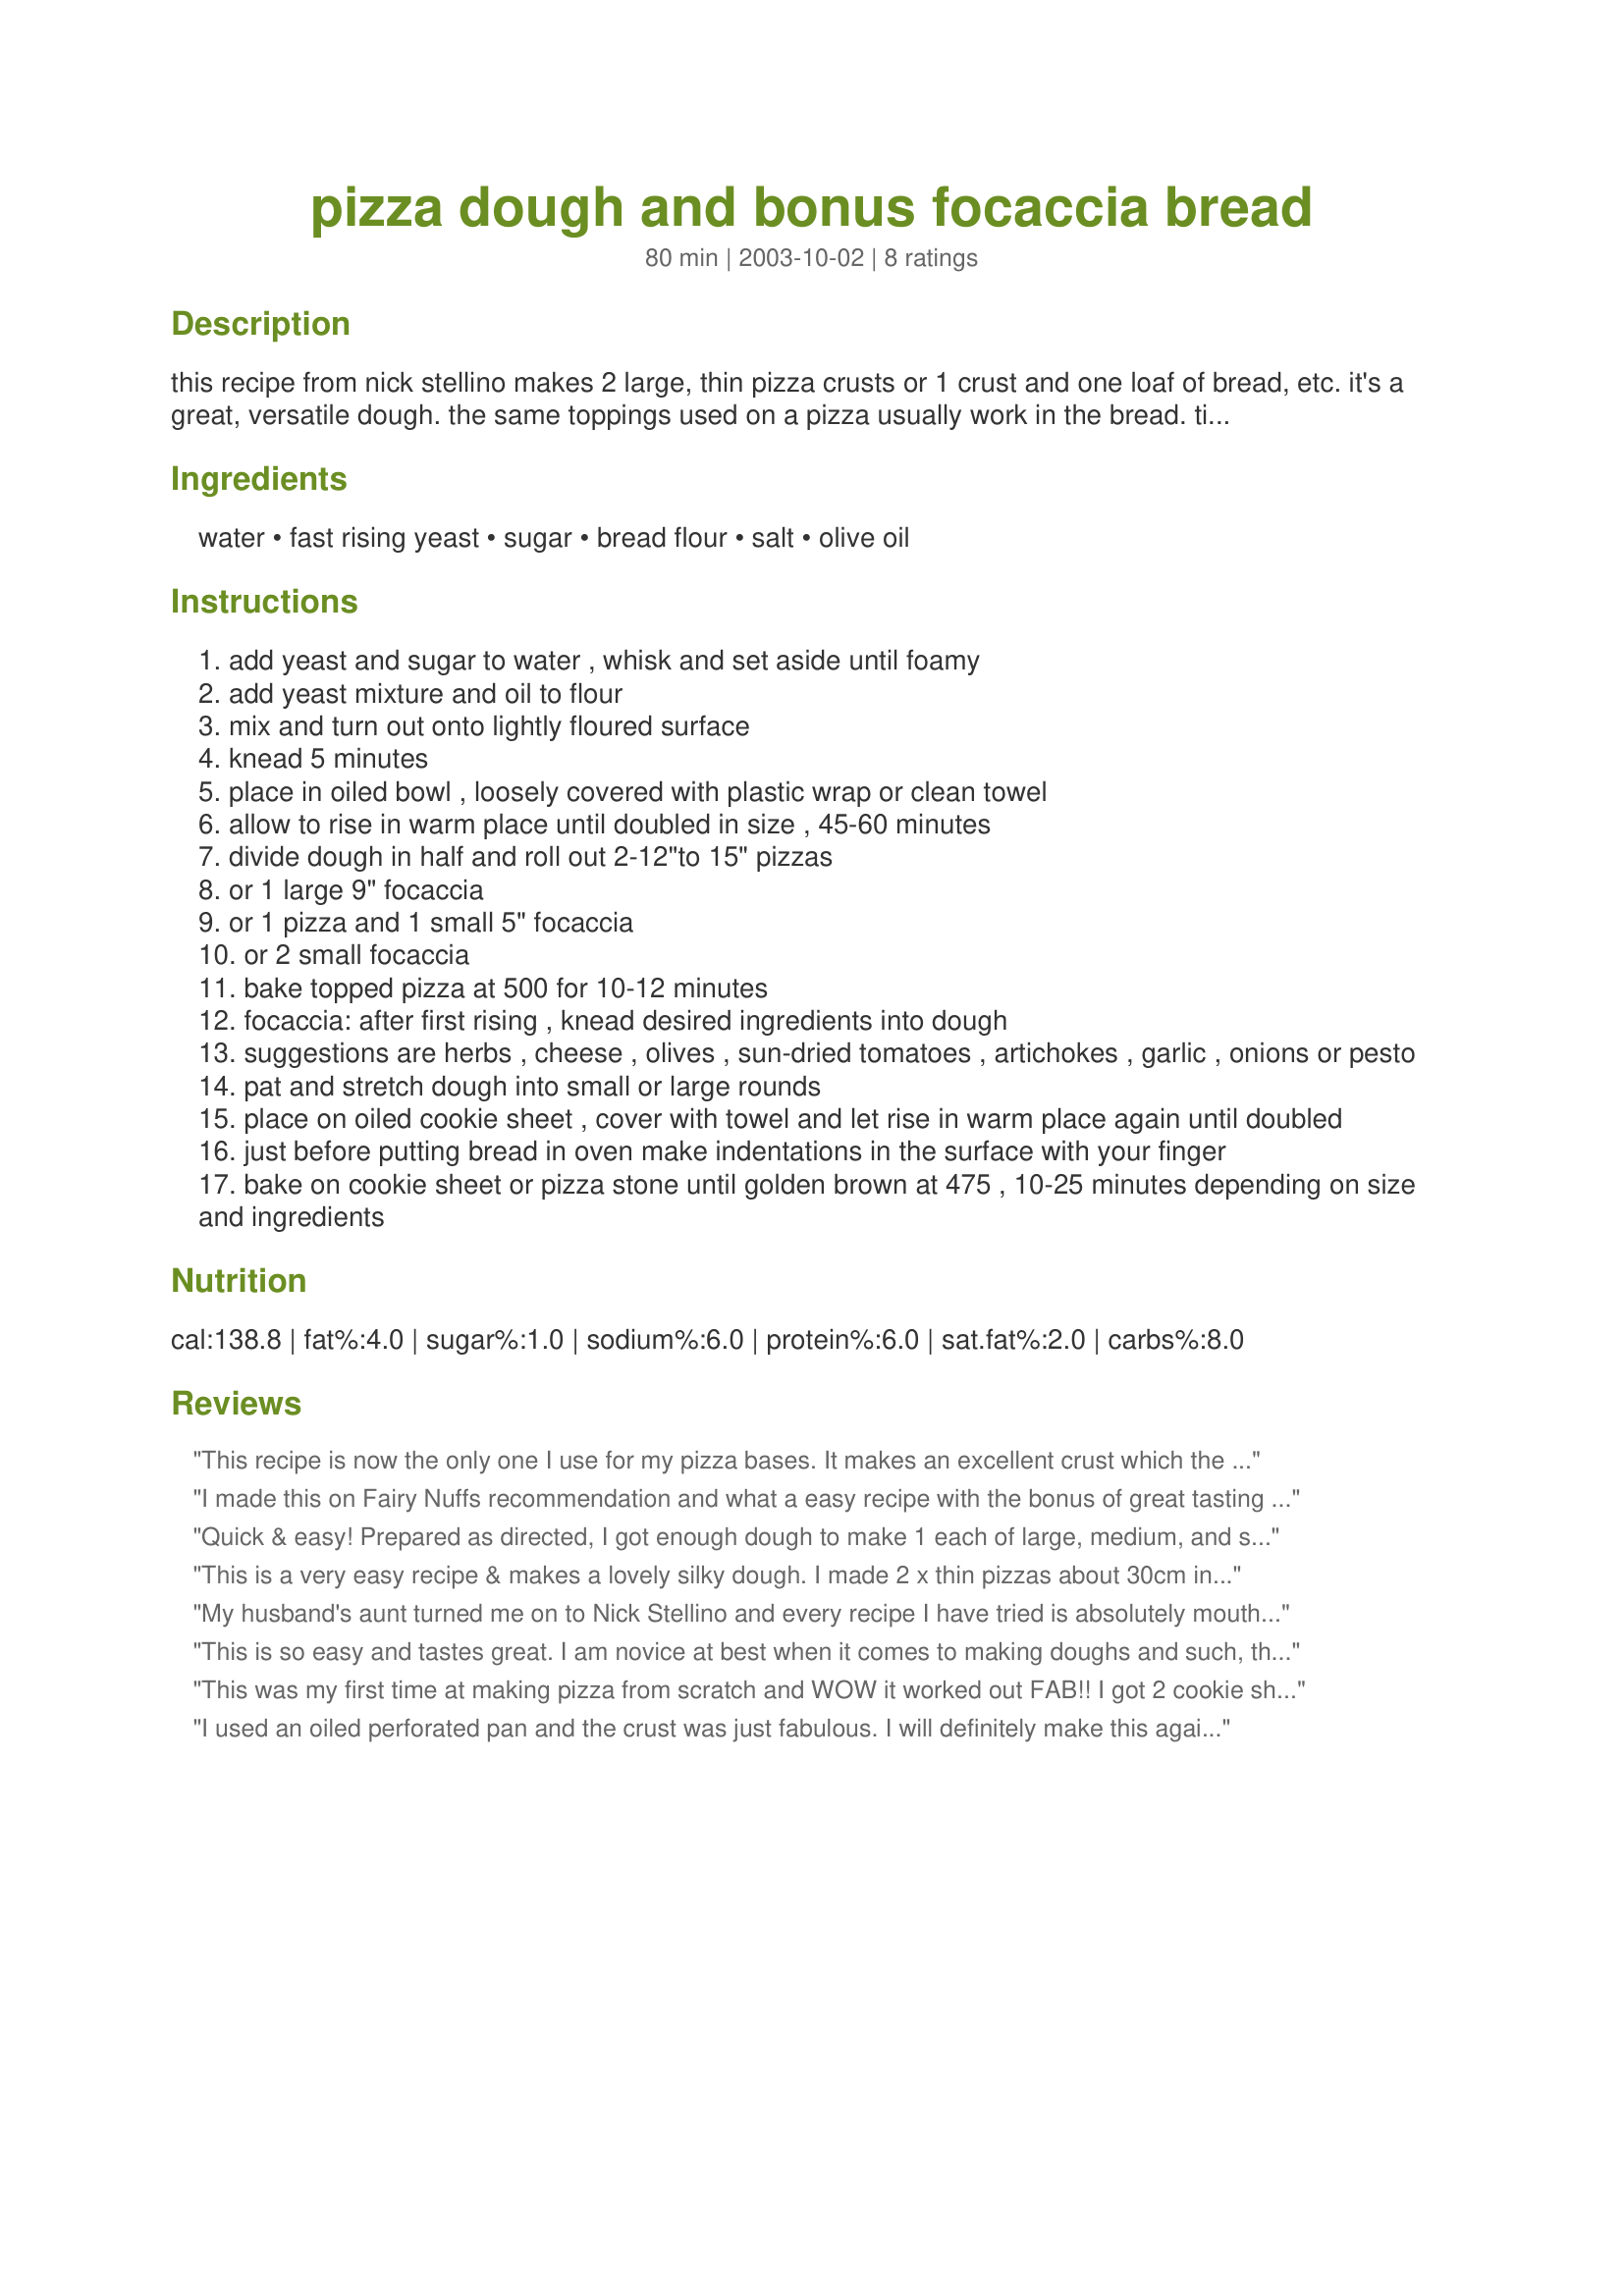
pizza dough and bonus focaccia bread
Preparation time: 80 minutes

this recipe from nick stellino makes 2 large, thin pizza crusts or 1 crust and one loaf of bread, etc. it's a great, versatile dough. the same toppings used on a pizza usually work in the bread. times are for making 2 pizza crusts up to the point of adding toppings.

Ingredients:
water, fast rising yeast, sugar, bread flour, salt, olive oil

Steps:
add yeast and sugar to water , whisk and set aside until foamy
add yeast mixture and oil to flour
mix and turn out onto lightly floured surface
knead 5 minutes
place in oiled bowl , loosely covered with plastic wrap or clean towel
allow to rise in warm place until doubled in size , 45-60 minutes
divide dough in half and roll out 2-12"to 15" pizzas
or 1 large 9" focaccia
or 1 pizza and 1 small 5" focaccia
or 2 small focaccia
bake topped pizza at 500 for 10-12 minutes
focaccia: after first rising , knead desired ingredients into dough
suggestions are herbs , cheese , olives , sun-dried tomatoes , artichokes , garlic , onions or pesto
pat and stretch dough into small or large rounds
place on oiled cookie sheet , cover with towel and let rise in warm place again until doubled
just before putting bread in oven make indentations in the surface with your finger
bake on cookie sheet or pizza stone until golden brown at 475 , 10-25 minutes depending on size and ingredients

Reviews:
This recipe is now the only one I use for my pizza bases. It makes an excellent crust which the whole family just loves. I've found the uncooked dough freezes really well too, which is very handy. Thank you sugarpea :)
I made this on Fairy Nuffs recommendation and what a easy recipe with the bonus of great tasting pizza crust. I topped with sugarpeas Nick Stellino's No-Cook Pizza Sauce #72283. Will be making these again soon to freeze. Thanks.
Quick & easy! Prepared as directed, I got enough dough to make 1 each of large, medium, and small stromboli, plus 1 10" focaccia (mixed italian herbs into the dough after 1st rise, and drizzled with olive oil before baking). The focaccia is in the oven now, and it smells AMAZING! Thanks, SugarPea!
This is a very easy recipe & makes a lovely silky dough. I made 2 x thin pizzas about 30cm in diameter, and the results were very good. This is my second favourite pizza base recipe. I have another one but that takes two days as you have to retard the dough in the fridge overnight. This one is good for a same day pizza base.
My husband's aunt turned me on to Nick Stellino and every recipe I have tried is absolutely mouth watering. This dough turned out perfect; I even made an extra batch just to have some in the freezer. The only thing different I experimented with was, I substituted two cups of the flour for two cups of wheat flour. It turned out delicious.
This is so easy and tastes great. I am novice at best when it comes to making doughs and such, this was so simple. I loved this recipe and will do it every time I make homemade pizza. thanks
This was my first time at making pizza from scratch and WOW it worked out FAB!! I got 2 cookie sheet size pizza's with enough dough left over to make a small foccacia.
For years I've avoided making anything that requires yeast...well no more need to fear.
Thanks so much sugar pea for sharing this fantastic recipe. No more need for takeaway pizza for my family & me!!
I used an oiled perforated pan and the crust was just fabulous. I will definitely make this again, and I bet it's even better if the dough ages a bit in the frig.
